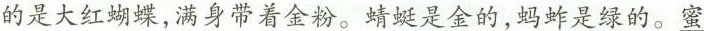
的是大红蝴蝶，满身带着金粉。蜻蜓是金的，蚂蚱是绿的。蜜